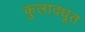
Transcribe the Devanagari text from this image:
कुलावधूत